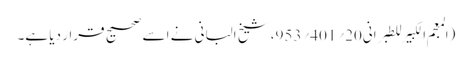
(المعجم الکبیر للطبرانی20؍401؍953، شیخ البانی نے اسے صحیح قرار دیا ہے۔